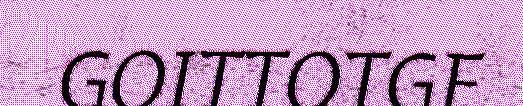
GOITTOTGE